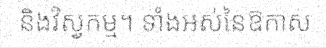
និងវិស្វកម្ម។ ទាំងអស់នៃឱកាស